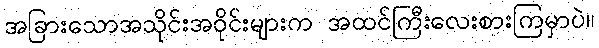
အခြားသောအသိုင်းအဝိုင်းများက အထင်ကြီးလေးစားကြမှာပဲ။